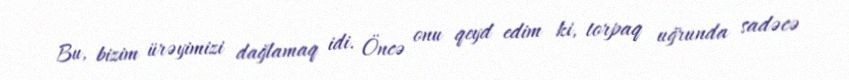
Bu, bizim ürəyimizi dağlamaq idi. Öncə onu qeyd edim ki, torpaq uğrunda sadəcə